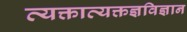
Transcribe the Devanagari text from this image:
व्यक्ताव्यक्तज्ञविज्ञान